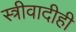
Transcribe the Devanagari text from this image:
स्त्रीवादीही